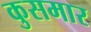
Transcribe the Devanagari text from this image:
कुसमार